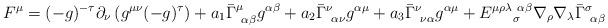
LaTeX: \begin{align*}F^\mu = (-g)^{-\tau} \partial_\nu \left( g^{\mu \nu} (-g)^\tau \right)+ a_1 \bar{\Gamma}^\mu_{~\alpha \beta} g^{\alpha \beta}+ a_2 \bar{\Gamma}^\nu_{~\alpha \nu} g^{\alpha \mu}+ a_3 \bar{\Gamma}^\nu_{~\nu \alpha} g^{\alpha \mu}+ E^{\mu \rho \lambda ~ \alpha \beta}_{~~~~\sigma} \nabla_\rho \nabla_\lambda\bar{\Gamma}^\sigma_{~\alpha \beta}\end{align*}